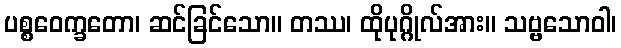
ပစ္စဝေက္ခတော၊ ဆင်ခြင်သော။ တဿ၊ ထိုပုဂ္ဂိုလ်အား။ သဗ္ဗသောဝါ၊